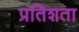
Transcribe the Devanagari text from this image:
प्रतिशता